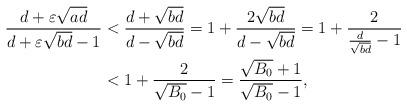
LaTeX: \begin{align*} \frac{d+\varepsilon\sqrt{ad}}{d+\varepsilon\sqrt{bd}-1}&<\frac{d+\sqrt{bd}}{d-\sqrt{bd}}=1+\frac{2\sqrt{bd}}{d-\sqrt{bd}}=1+\frac{2}{\frac{d}{\sqrt{bd}}-1}\\ &<1+\frac{2}{\sqrt{B_0}-1}=\frac{\sqrt{B_0}+1}{\sqrt{B_0}-1},\end{align*}